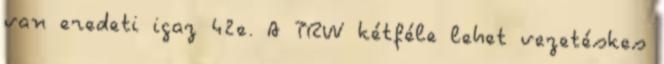
van eredeti igaz 42e. A TRW kétféle lehet vezetéskes